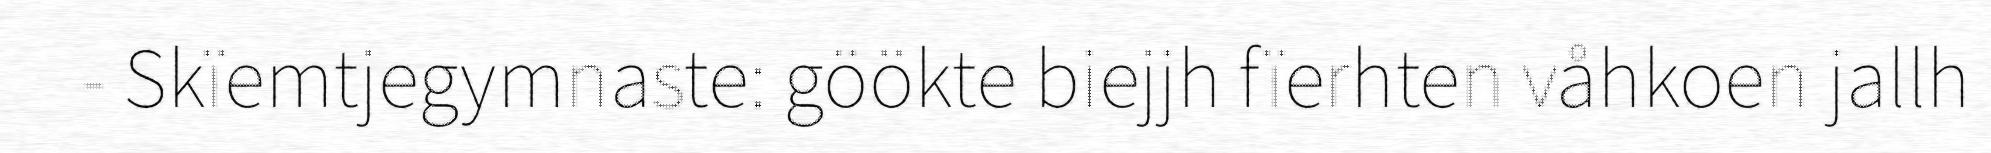
- Skïemtjegymnaste: göökte biejjh fïerhten våhkoen jallh